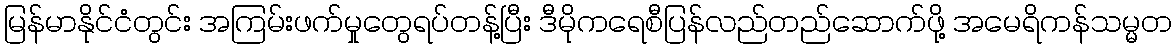
မြန်မာနိုင်ငံတွင်း အကြမ်းဖက်မှုတွေရပ်တန့်ပြီး ဒီမိုကရေစီပြန်လည်တည်ဆောက်ဖို့ အမေရိကန်သမ္မတ